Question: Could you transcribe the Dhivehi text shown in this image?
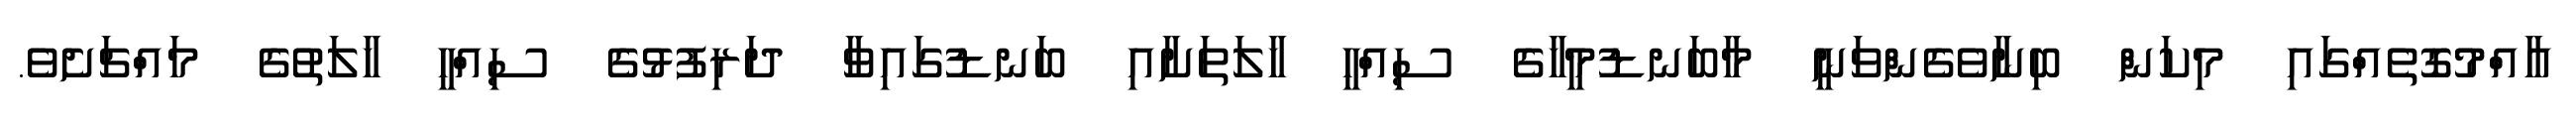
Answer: އާއްމުގޮތެއްގައި މިކަން ބިނާވެގެންވަނީ މާބަނޑުމީހާގެ ސިއްހީ ހާލަތަށާއި ބަނޑުގައިވާ ދަރިފުޅުގެ ސިއްހީ ހާލަތުގެ މައްޗަށެވެ.